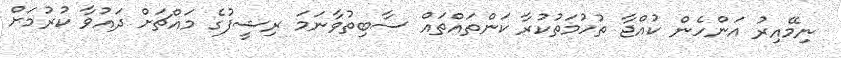
ނިމޭއިރު އަންހެން ކުއްޖާ ތުހުމަތުކުރާ ކަންތައްތައް ސާބިތުވާނަމަ ރިޝީފުގެ މައްޗަށް ދައުވާ ކުރުމަށް